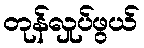
တုန်လှုပ်ဖွယ်